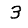
Digit: 3